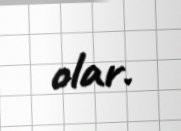
olar.